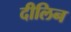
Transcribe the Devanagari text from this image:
दीलिन